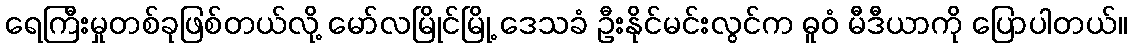
ရေကြီးမှုတစ်ခုဖြစ်တယ်လို့ မော်လမြိုင်မြို့ ဒေသခံ ဦးနိုင်မင်းလွင်က ဓူဝံ မီဒီယာကို ပြောပါတယ်။